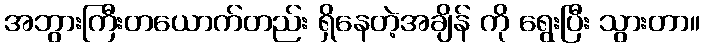
အဘွားကြီးတယောက်တည်း ရှိနေတဲ့အချိန် ကို ရွေးပြီး သွားတာ။